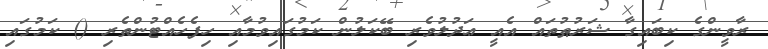
ރާވީންގެ ކިބައިގާ ޝަރުޠުތައް އެއީ ޢަދުލުވެރި ބޭކަލުން ކަމުގައިވުމާއި ހިފެހެއްޓުންތެރި () ކަމުގައި